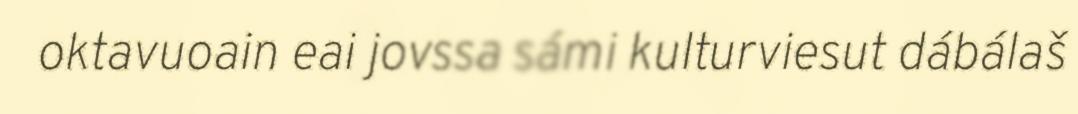
oktavuoain eai jovssa sámi kulturviesut dábálaš